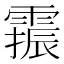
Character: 𫕫